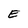
Character: E